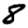
Digit: 8